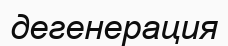
дегенерация